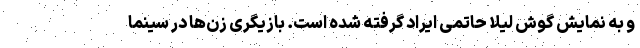
و به نمایش گوش لیلا حاتمی ایراد گرفته شده است. بازیگری زن‌ها در سینما